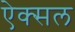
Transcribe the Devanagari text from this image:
ऐक्सल